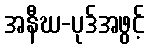
အနီဃ-ပုဒ်အဖွင့်